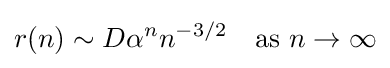
r(n)\sim D\alpha ^{n}n^{-3/2}\quad {\text{as }}n\to \infty